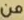
من